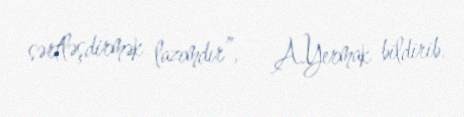
sərtləşdirmək lazımdır”, - A.Yermak bildirib.